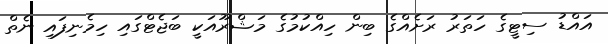
އައްޑު ސިޓީގެ ހަތަރު ރަށެއްގެ ބިން ހިއްކުމުގެ މަޝްރޫއަކީ ބަޖެޓްގައި ހިމެނިފައި ނެތް